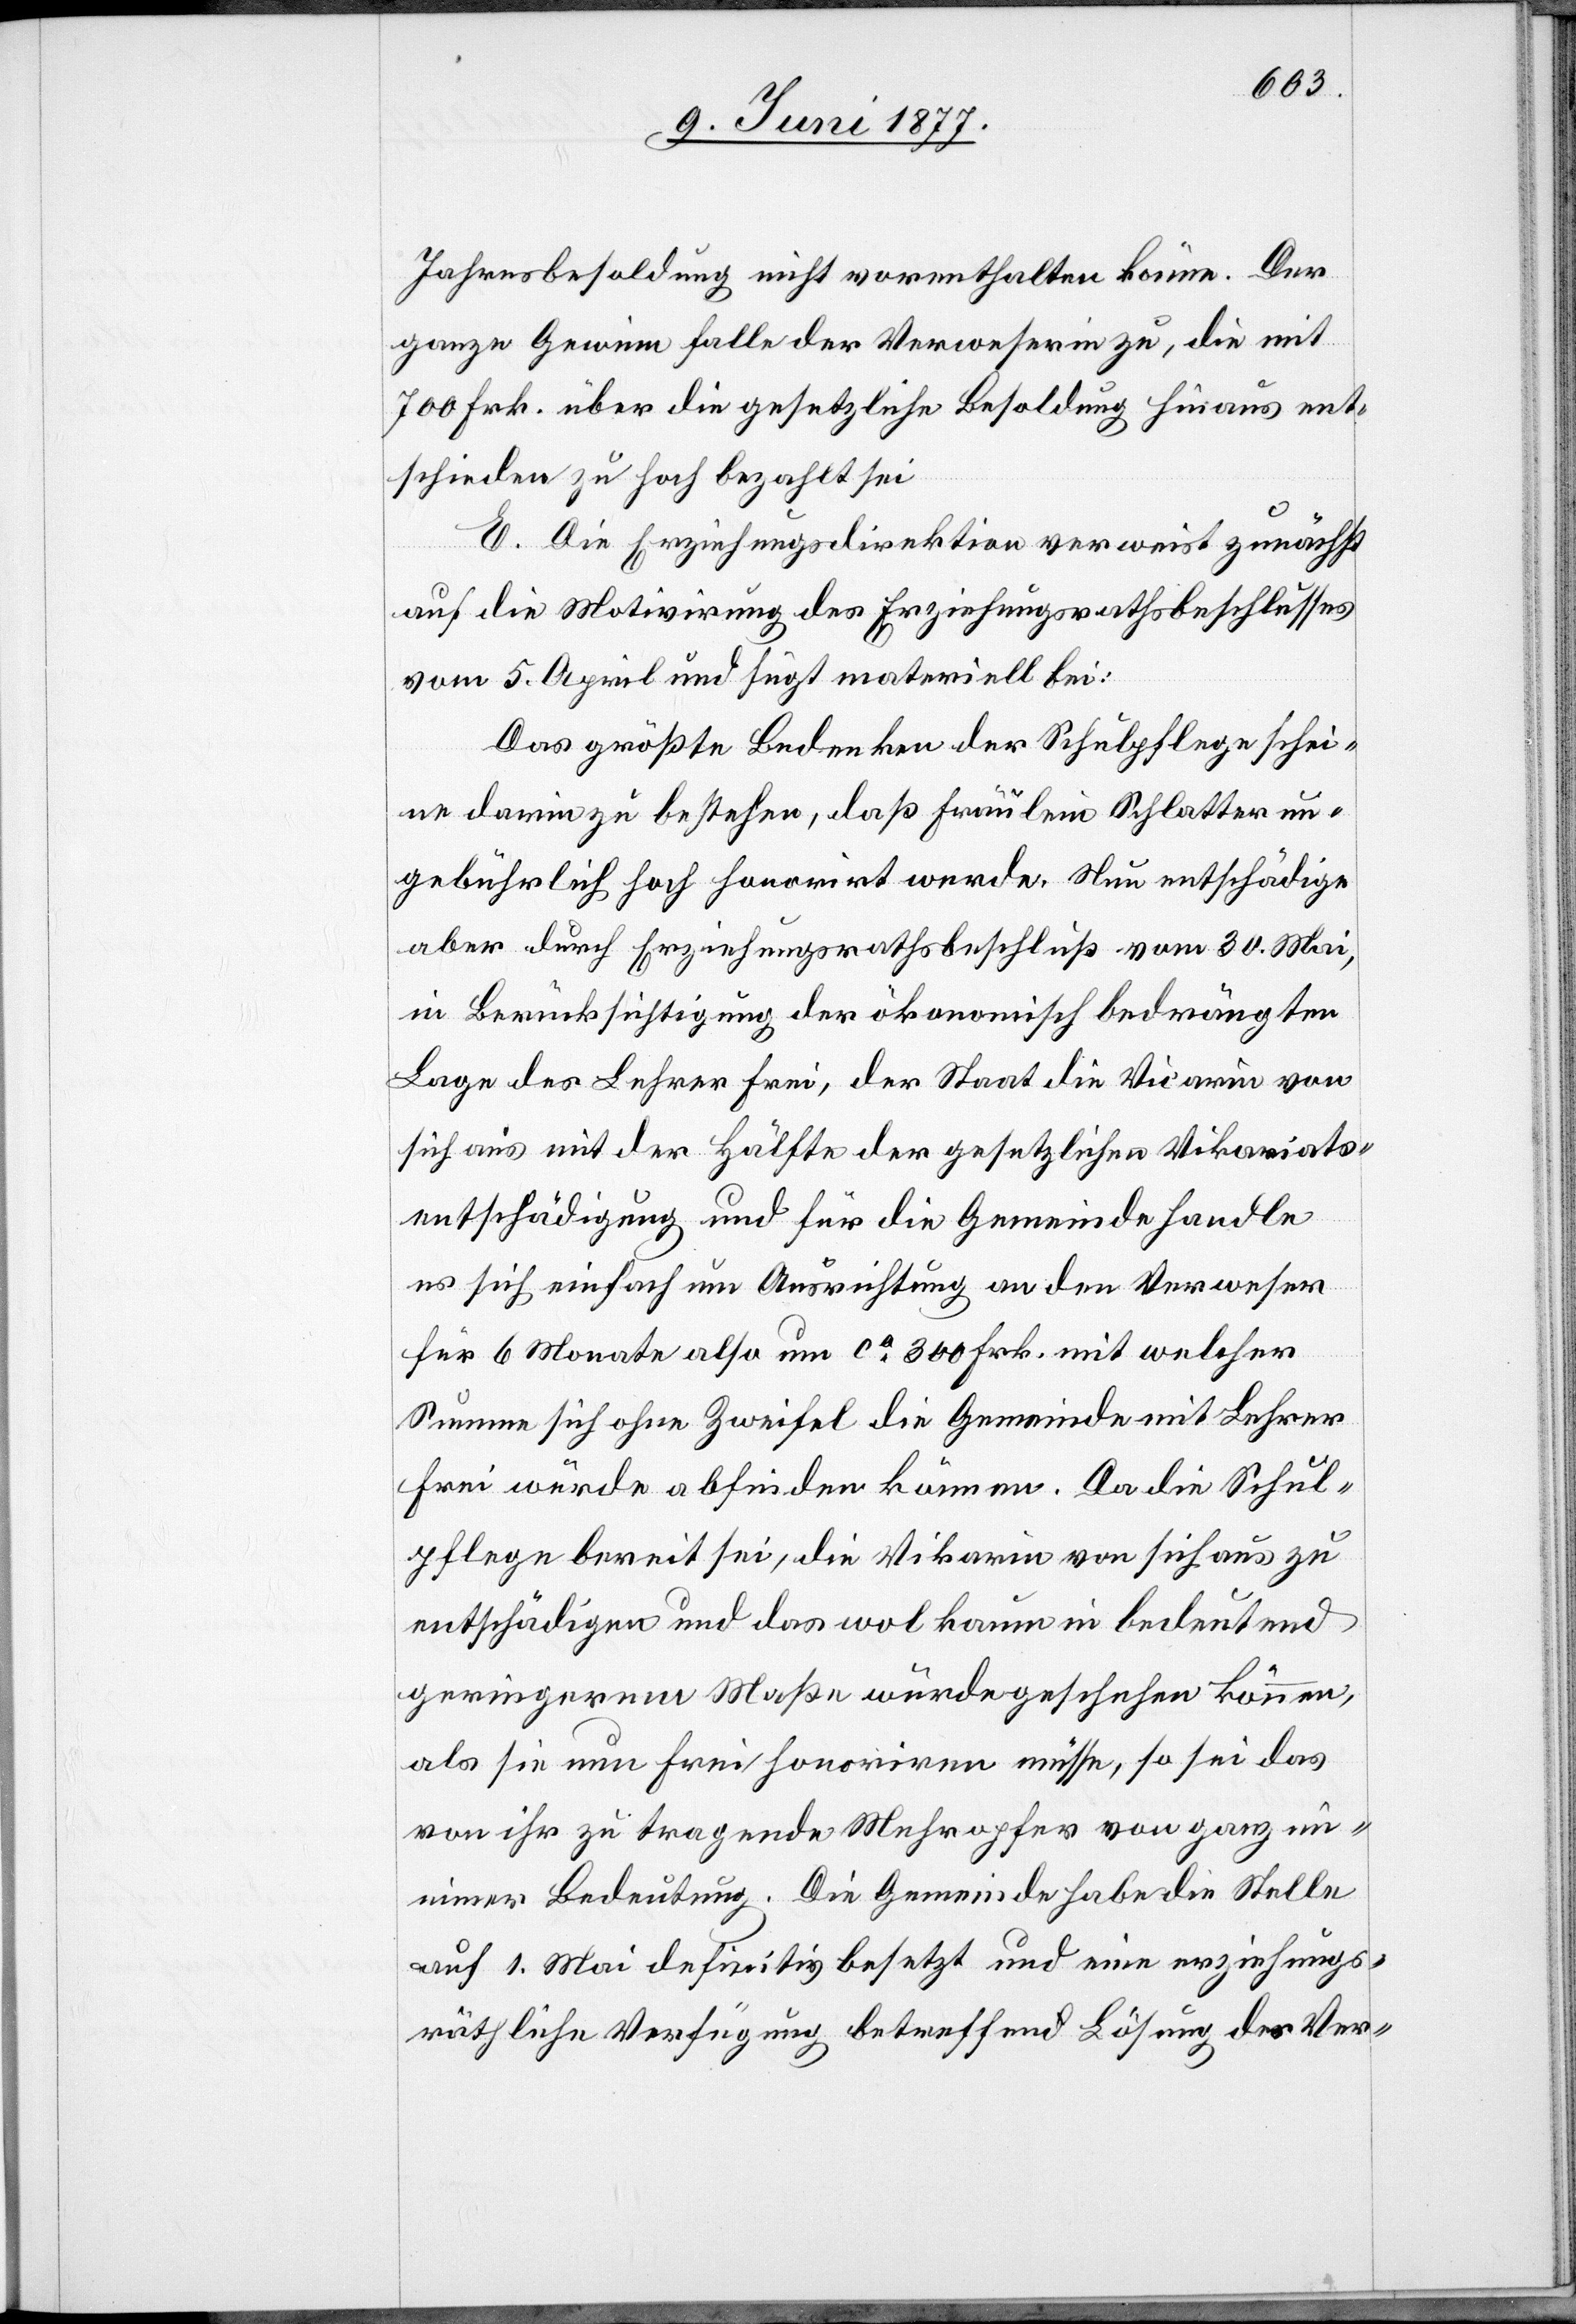
Jahresbesoldung nicht vorenthalten könne. Der
ganze Gewinn falle der Verweserei zu, die mit
700 Frk. über die gesetzliche Besoldung hinaus ent¬
schieden zu hoch bezahlt sei.
E. Die Erziehungsdirektion verweist zunächst
auf die Motivirung des Erziehungsrathsbeschlusses
vom 5. April und fügt materiell bei:
Das größte Bedenken der Schulpflege schei¬
ne darin zu bestehen, daß Fräulein Schlatter un¬
gebührlich hoch honorirt werde. Nun entschädige
aber durch Erziehungsrathsbeschluß vom 30. Mai,
in Berücksichtigung der ökonomisch bedrängten
Lage des Lehrer Frei, der Staat die Vicarin von
sich aus mit der Hälfte der gesetzlichen Vikariats¬
entschädigung und für die Gemeinde handle
es sich einfach um Ausrichtung an den Verweser
für 6 Monate also um ca 300 Frk. mit welcher
Summe sich ohne Zweifel die Gemeinde mit Lehrer
Frei würde abfinden können. Da die Schul¬
pflege bereit sei, die Vikarin von sich aus zu
entschädigen und das wol kaum in bedeutend
geringerem Maße würde geschehen können,
als sie nun Frei honoriren müsse, so sei das
von ihr zu tragende Mehropfer von ganz m¬
inimer Bedeutung. Die Gemeinde habe die Stelle
auf 1. Mai definitiv besetzt und eine erziehungs¬
räthliche Verfügung betreffend Lösung des Ver-